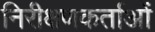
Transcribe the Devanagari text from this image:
निरीक्षणकर्ताओं